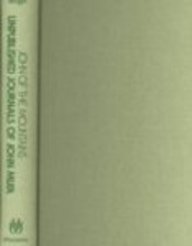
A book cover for John of the Mountains: The Unpublished Journals of John Muir; Science & Math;